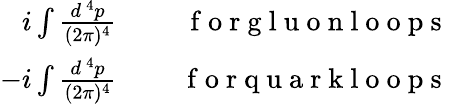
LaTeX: \begin{array}{rlr}{i\int{\frac{d^{\, 4}p}{(2\pi)^{4}}}}&{{}}&{\mathrm{~\ f~o~r~g~l~u~o~n~l~o~o~p~s~}}\\ {-i\int{\frac{d^{\, 4}p}{(2\pi)^{4}}}}&{{}}&{\mathrm{~\ f~o~r~q~u~a~r~k~l~o~o~p~s~}}\end{array}